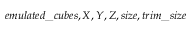
e m u l a t e d \_ c u b e s , X , Y , Z , s i z e , t r i m \_ s i z e